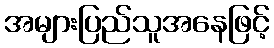
အများပြည်သူအနေဖြင့်